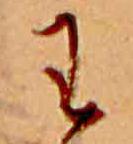
わ